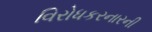
વિરોધકરનારની